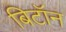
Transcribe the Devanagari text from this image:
बिटॉन